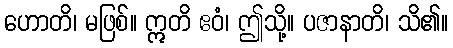
ဟောတိ၊ မဖြစ်။ ဣတိ ဧဝံ၊ ဤသို့။ ပဇာနာတိ၊ သိ၏။